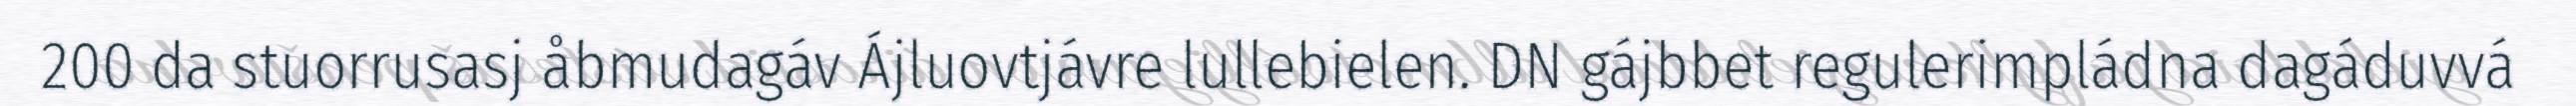
200 da stuorrusasj åbmudagáv Ájluovtjávre lullebielen. DN gájbbet regulerimpládna dagáduvvá